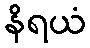
နိရယံ